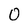
Character: o